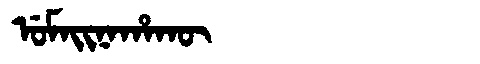
Manchu: ᡠᠮᠠᡳᠨᠠᡥᠠᡴᡡ
Romanization: UMAINAHAKŪ